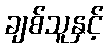
ချစ်သူနှင့်